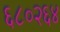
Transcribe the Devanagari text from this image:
६८०२६४